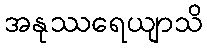
အနုဿရေယျာသိ